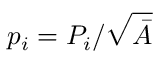
p _ { i } = P _ { i } / \sqrt { \bar { A } }